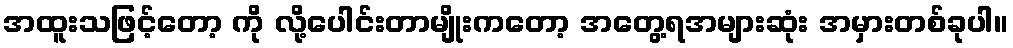
အထူးသဖြင့်တော့ ကို လို့ပေါင်းတာမျိုးကတော့ အတွေ့ရအများဆုံး အမှားတစ်ခုပါ။